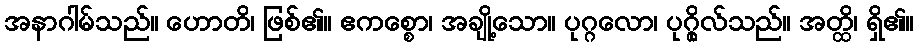
အနာဂါမ်သည်။ ဟောတိ၊ ဖြစ်၏။ ဧကစ္စော၊ အချို့သော။ ပုဂ္ဂလော၊ ပုဂ္ဂိုလ်သည်။ အတ္ထိ၊ ရှိ၏။